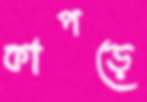
কাপড়ে